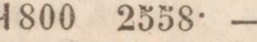
skebäckskihl    1800    2558·    —